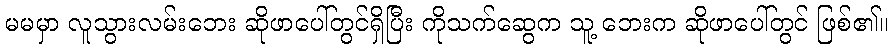
မမမှာ လူသွားလမ်းဘေး ဆိုဖာပေါ်တွင်ရှိပြီး ကိုသက်ဆွေက သူ့ ဘေးက ဆိုဖာပေါ်တွင် ဖြစ်၏။